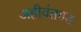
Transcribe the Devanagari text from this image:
अहीवंतगड